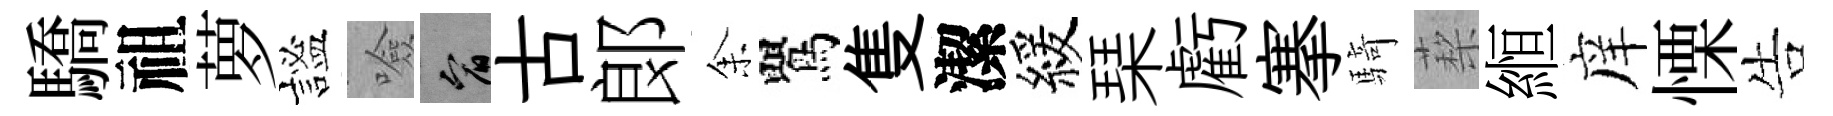
驕祖萝謐噞宥古郞𪜬鸎隻潔緩琹虧搴騎蔾縆庠慄告